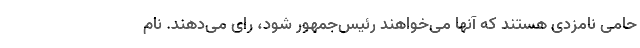
حامی نامزدی هستند که آنها می‌خواهند رئیس‌جمهور شود، رای می‌دهند. نام